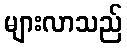
များလာသည်